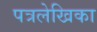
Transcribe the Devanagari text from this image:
पत्रलेखिका